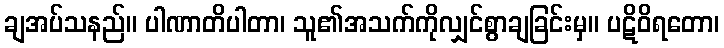
ချအပ်သနည်။ ပါဏာတိပါတာ၊ သူ၏အသက်ကိုလျှင်စွာချခြင်းမှ။ ပဋိဝိရတော၊